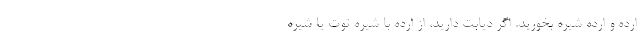
ارده و ارده شیره بخورید. اگر دیابت دارید، از ارده با شیره توت یا شیره